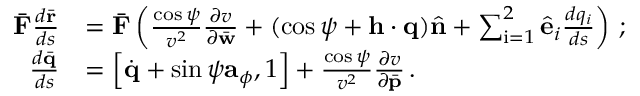
\begin{array} { r l } { \bar { \bf F } \frac { d \bar { \bf r } } { d s } } & { = \bar { \bf F } \left( \frac { \cos \psi } { v ^ { 2 } } \frac { \partial v } { \partial \bar { \bf w } } + ( \cos \psi + { \bf h } \cdot { \bf q } ) \hat { \bf n } + \sum _ { \mathrm { i } = 1 } ^ { 2 } \hat { \bf e } _ { i } \frac { d q _ { i } } { d s } \right) \, ; } \\ { \frac { d \bar { \bf q } } { d s } } & { = \left[ \dot { \bf q } + \sin \psi { \bf a } _ { \phi } , 1 \right] + \frac { \cos \psi } { v ^ { 2 } } \frac { \partial v } { \partial \bar { \bf p } } \, . } \end{array}